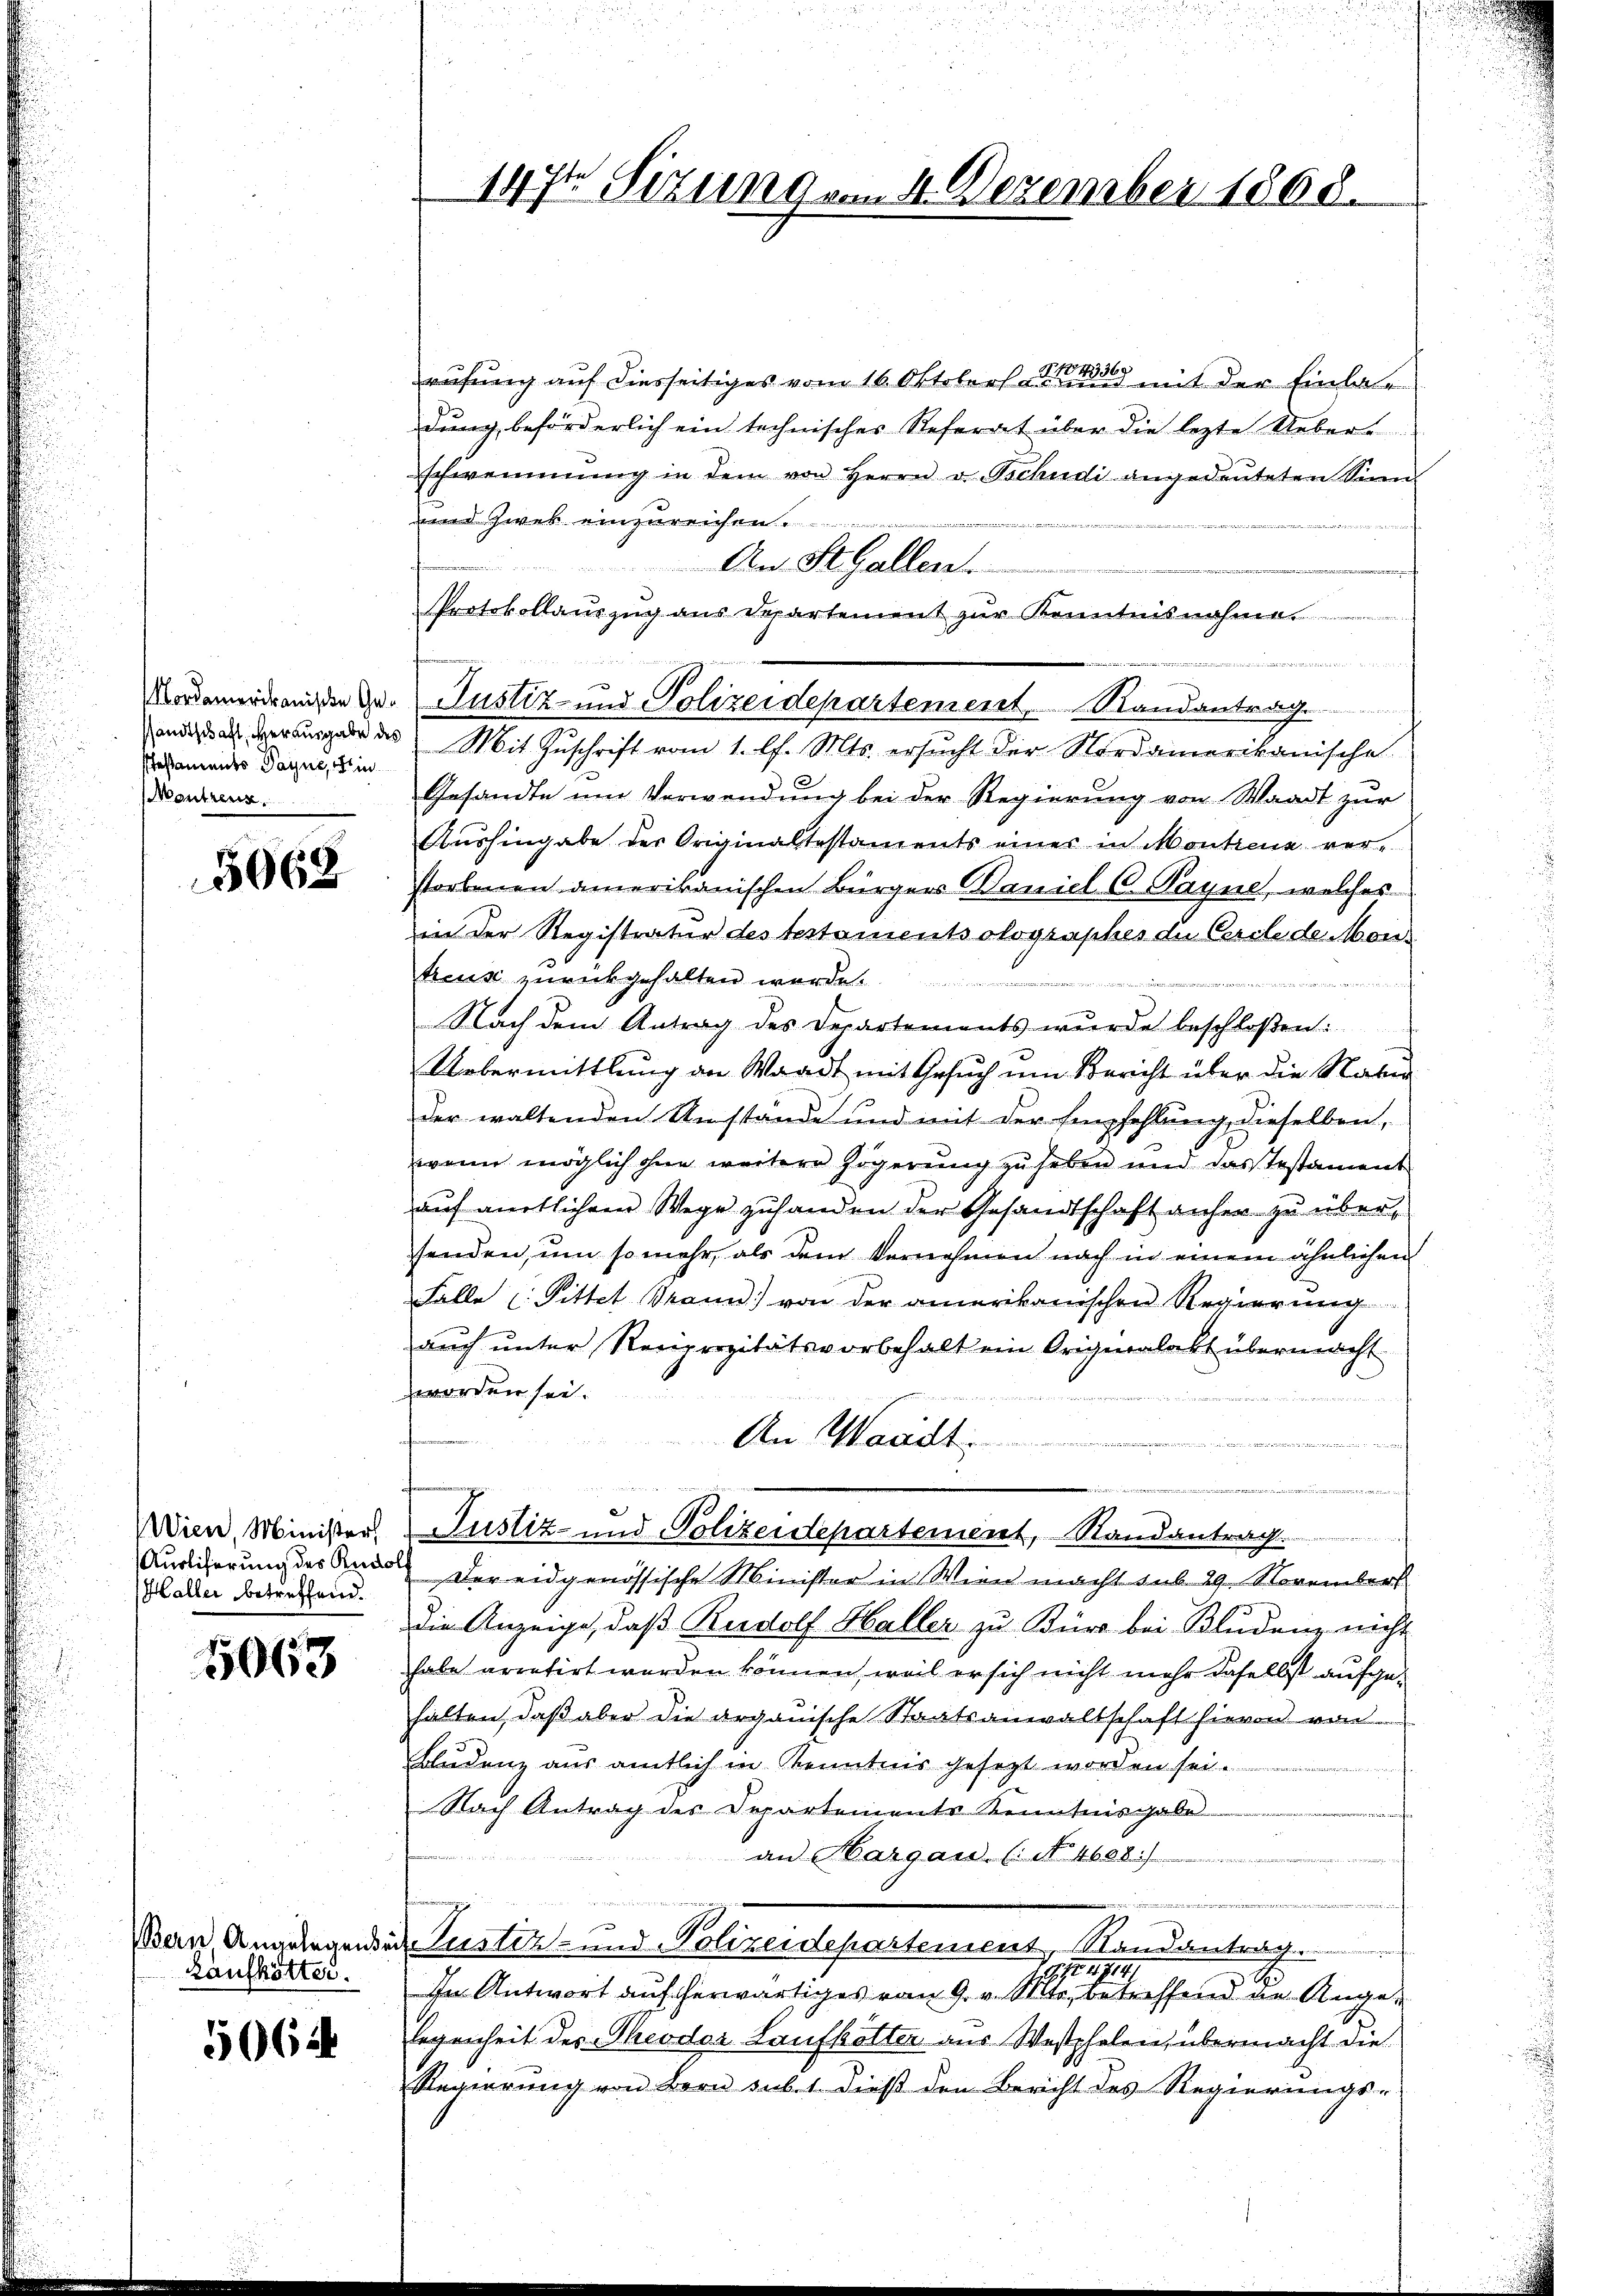
Pestaments Payne, in
Mentzenz.

5068

Wien, Minister
Auslieferung des Rudo
Haller betreffend.

5063

Bern Angelegende
Kaufkötter.

5064

24336
G.12
rufung auf diesseitiges vom 16. Oktober an in mit der Einbar
dung beförderlich ein technisches Referat über die lezte Ueberschwemmung in dem von Herrn v. Tschudi angedeuteten Sinn
und Zwek einzureichen
An StGallen.
Protokollauszug aus Departement zur Kenntnisnahme
wegen eines war mit ihnen de
 erger des Mit Zuschrift vom 1. l. Mts. ersucht der Nordamerikanische
Gesandte um Verwendung bei der Regierung von Waadt zur
Aushingabe der Originaltestaments einer in Montreux ver-
storbenen amerikanischen Bürgers Baniel C. Payne, welches
in der Registratur des testamentsolographes die Cercle de Mon
treuse zurückgehalten werde.
dinie einen dieserzich
Nach dem Antrag des Departements wurde beschloßen:
Uebermittlung an Waadt mit Gesuch um Bericht über die Nater
der waltenden Umstände und mit der Empfehlung dieselben,
wenn möglich ohne weitere Zögerung zu heben und das Testament
auf amtlichem Wege zuhanden der Gesandtschaft anher zu übersenden, um so mehr, als dem Vernehmen nach in einem ähnlichen
Falle (Sittet Braun) von der amerikanischen Regierung
auch unter Reciprozitätsvorbehalt ein Originalabt übermacht
worden sei.
2
An Waadt.
h
Justiz- und Polizeidepartement, Randantrag
 Der eidgenössische Minister in Wien macht sub 29. November
die Anzeige, daß Rudolf Haller zu Für bei Bludenz nicht
habe arretirt worden können, weil er sich nicht mehr daselbst aufgehalten, daβ aber die arganische Staatsanwaltschaft hievon von
Bludenz aus amtlich in Kenntnis gesezt worden sei.
Nach Antrag des Departements Kenntnisgabe
an Hargau. (: N. 4688/
d
 Puster- und Polizeidepartement, Randantrag.
i 1914
In Antwort auf herwärtiges vom 9. v. Mts., betreffend die Angelegenheit des Theodor Laufkotter aus Westphalen, übermacht die
Regierŭng von Bern sub. 1 dieβ den Bericht des Regierŭngs-

147t Sizung am 4. Dezember 1868.

1

Vorderordnenden der Justiz- und Polizeidepartement, Randantrag

u